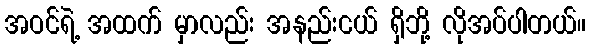
အဝင်ရဲ့ အထက် မှာလည်း အနည်းငယ် ရှိဘို့ လိုအပ်ပါတယ်။